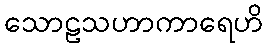
သောဠသဟာကာရေဟိ